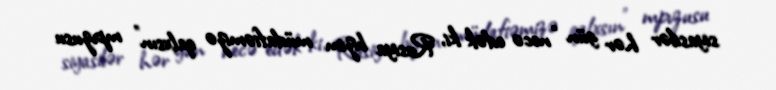
siyasilər hər gün “necə edək ki, Rusiya bizim müdafiəmizə qalxsın” mpvzusu